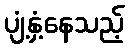
ပျံ့နှံ့နေသည့်